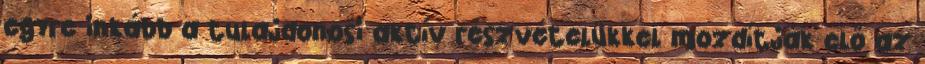
egyre inkább a tulajdonosi aktív részvételükkel mozdítják elő az